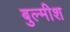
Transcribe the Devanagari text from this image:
बुल्मीश